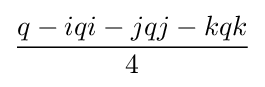
{\frac {q-iqi-jqj-kqk}{4}}